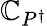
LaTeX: \mathbb{C}_{P^{\dagger}}